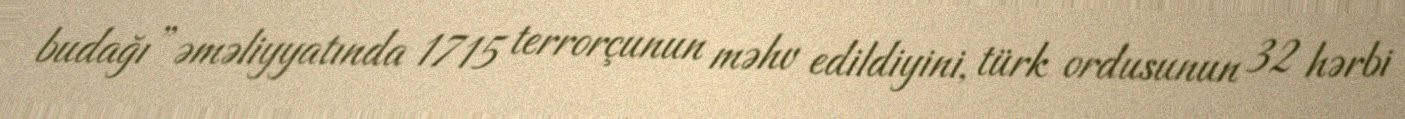
budağı” əməliyyatında 1715 terrorçunun məhv edildiyini, türk ordusunun 32 hərbi